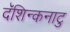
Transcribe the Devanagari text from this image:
दॅशिन्कनाटु